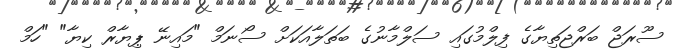
ސޫރަޖް ބަރްޖަތިޔާގެ ފިލްމުގައި ސަލްމާނުގެ ބަތަލާއަކަށް ސޯނަމް "މައިނޭ ޕިޔާރް ކިޔާ" "ހަމް